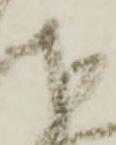
下